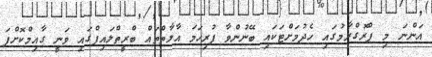
އަންނަ މި ޕްރޮގްރާމުގައި ހެދުމަށްޓަކައި ބޭނުންވާ ފުރިހަމަ އާލާތްތައް ބްރީތްލައިފްގައި ވަނީ ގާއިމްކޮށްފަ